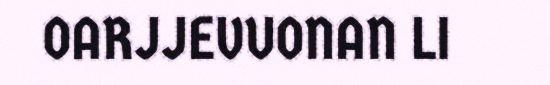
OARJJEVUONAN LI